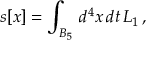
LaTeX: s [ x ] = \int _ { B _ { 5 } } \, d ^ { 4 } x \, d t \, { \cal L } _ { 1 } \, ,